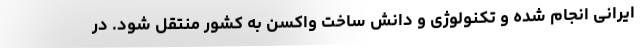
ایرانی انجام شده و تکنولوژی و دانش ساخت واکسن به کشور منتقل شود. در